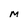
Character: M